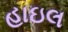
હાઇલ